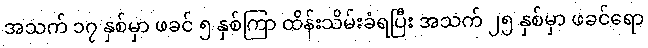
အသက် ၁၇ နှစ်မှာ ဖခင် ၅ နှစ်ကြာ ထိန်းသိမ်းခံရပြီး အသက် ၂၅ နှစ်မှာ ဖခင်ရော